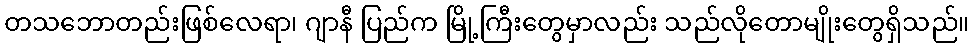
တသဘောတည်းဖြစ်လေရာ၊ ဂျာနီ ပြည်က မြို့ကြီးတွေမှာလည်း သည်လိုတောမျိုးတွေရှိသည်။